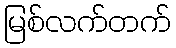
မြစ်လက်တက်